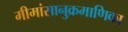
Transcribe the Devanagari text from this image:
मीमांसानुक्रमाणिका